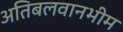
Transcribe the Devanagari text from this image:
अतिबलवानभीम